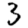
Digit: 3